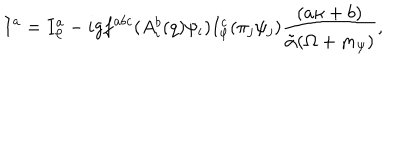
I ^ { a } = I _ { \varphi } ^ { a } - i g f ^ { a b c } ( A _ { i } ^ { b } ( q ) \psi _ { i } ) I _ { \varphi } ^ { c } ( \pi _ { j } \psi _ { j } ) \frac { ( a \kappa + b ) } { \tilde { \alpha } ( \Omega + m _ { \psi } ) } ,